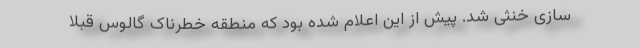
سازی خنثی شد. پیش از این اعلام شده بود که منطقه خطرناک گالوس قبلاً